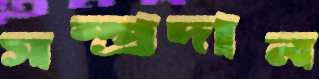
সম্প্রদান